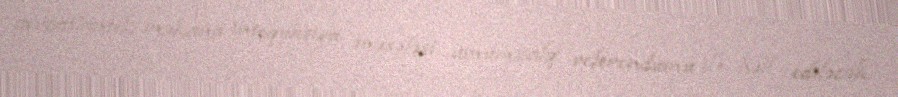
avroatlantik məkana inteqrasiya məsələsi ümumxalq referendumu ilə həll ediləcək.